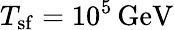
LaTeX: T_{\mathrm{sf}}=10^{5}\, \textrm{GeV}